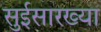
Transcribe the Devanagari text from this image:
सुईसारख्या